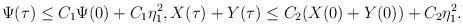
\begin{align*}&\Psi(\tau)\leq C_1\Psi(0)+C_1\eta_1^2,X(\tau)+Y(\tau)\leq C_2(X(0)+Y(0))+C_2\eta_1^2.\end{align*}